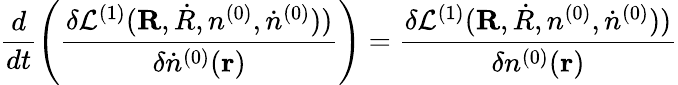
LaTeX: \frac{d}{dt}\left(\frac{\delta{\cal L}^{(1)}({\mathbf R,\dot{R}},n^{(0)},{\dot{n}^{(0)}}))}{\delta{\dot{n}}^{(0)}({\mathbf r})}\right)=\frac{\delta{\cal L}^{(1)}({\mathbf R,\dot{R}},n^{(0)},{\dot{n}^{(0)}}))}{\delta n^{(0)}({\mathbf r})}